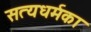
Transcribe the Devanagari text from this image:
सत्यधर्मका